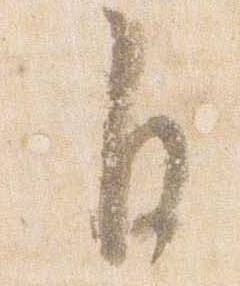
自